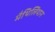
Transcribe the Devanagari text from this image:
मैथिलियान